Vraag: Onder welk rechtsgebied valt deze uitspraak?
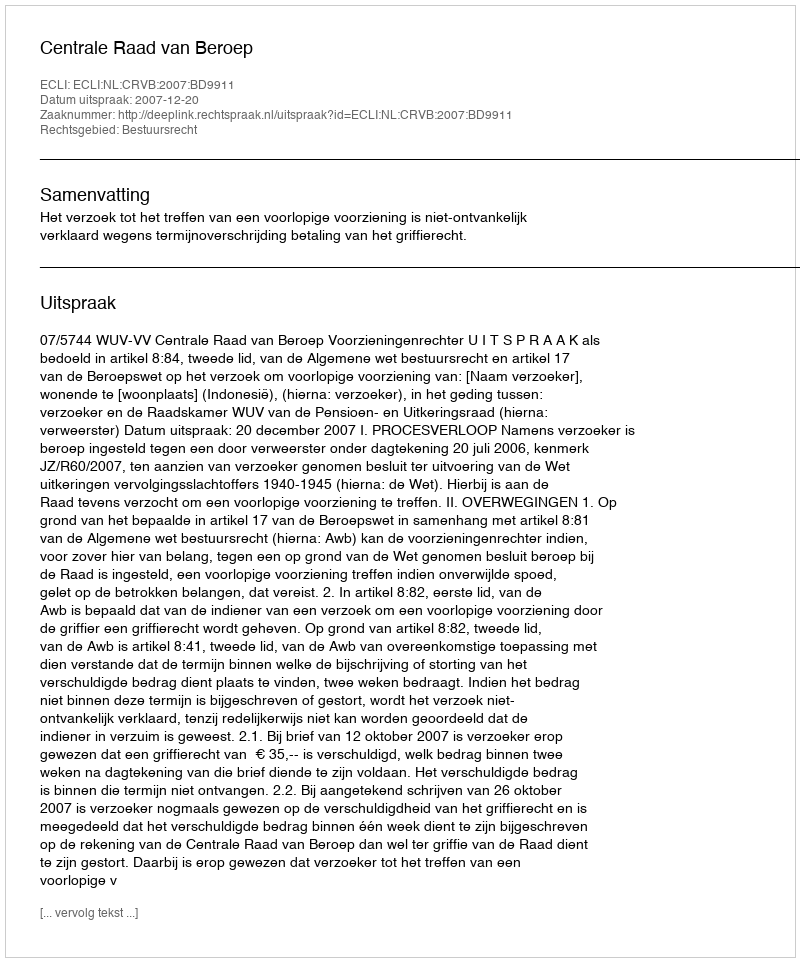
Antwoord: Bestuursrecht